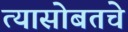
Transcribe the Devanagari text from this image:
त्यासोबतचे